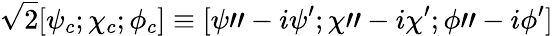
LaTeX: {\sqrt 2}[\psi_{c};\chi_{c};\phi_{c}]\equiv[\psi"-i\psi^{\prime};\chi"-i\chi^{\prime};\phi"-i\phi^{\prime}]